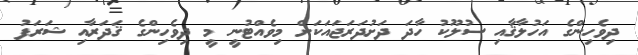
ދިވެހިންގެ އަހުލާޤާއި ސުލޫކު ހާދަ ދަށުދަރަޖައަކަށް މިވެއްޓުނީ މީ ދިވެހިންގެ ޤަދަރާއި ޝަރަފު